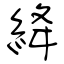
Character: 絳